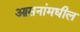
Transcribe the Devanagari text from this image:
आसनांमधील